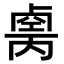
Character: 𠨆